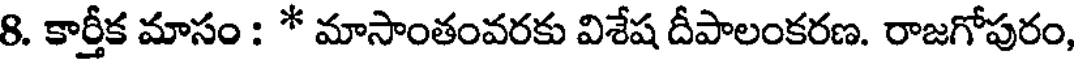
8. కార్తీక మాసం : * మాసాంతంవరకు విశేష దీపాలంకరణ. రాజగోపురం,